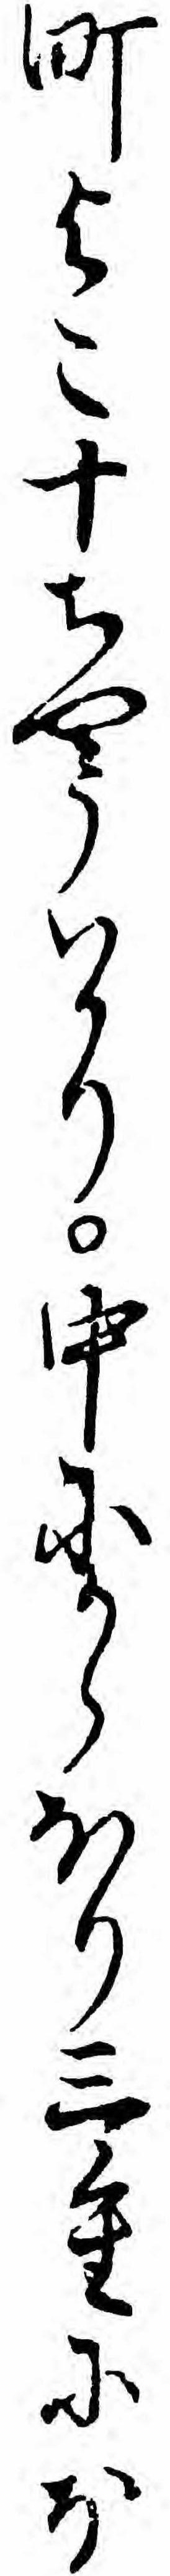
町よこ十ちやうハかり中にからほり三重にほ